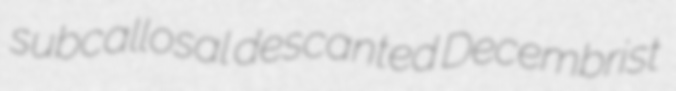
subcallosal descanted Decembrist